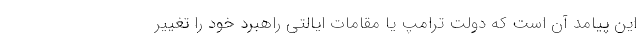
این پیامد آن است که دولت ترامپ یا مقامات ایالتی راهبرد خود را تغییر